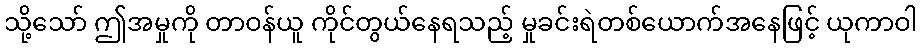
သို့သော် ဤအမှုကို တာဝန်ယူ ကိုင်တွယ်နေရသည့် မှုခင်းရဲတစ်ယောက်အနေဖြင့် ယုကာဝါ